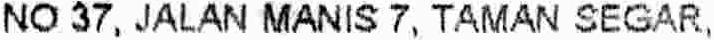
NO 37, JALAN MANIS 7, TAMAN SEGAR,